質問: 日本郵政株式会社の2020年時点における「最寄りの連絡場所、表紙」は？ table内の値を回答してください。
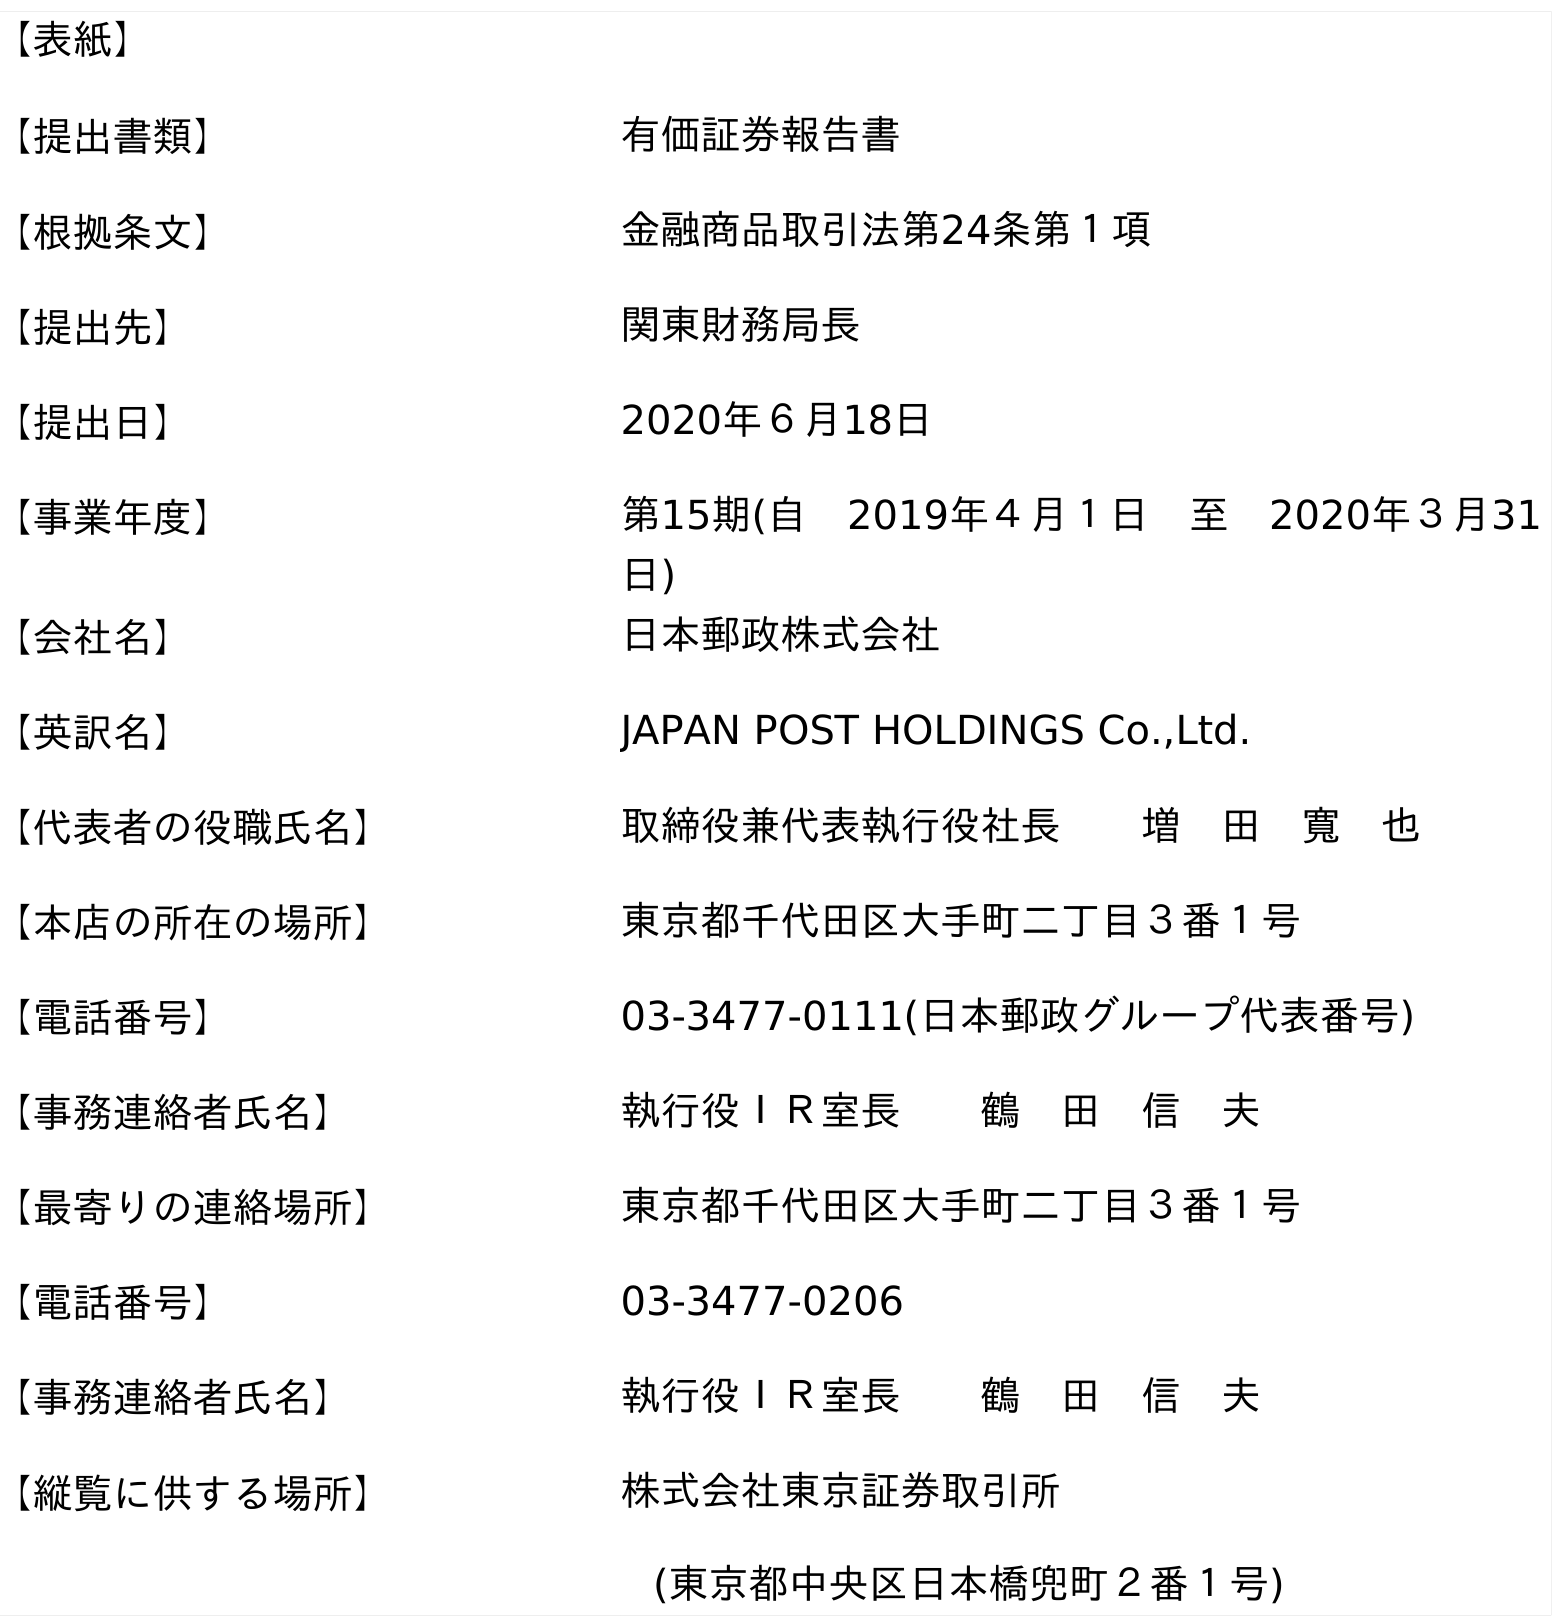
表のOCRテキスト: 【表紙】 【提出書類】 有価証券報告書 【根拠条文】 金融商品取引法第24条第１項 【提出先】 関東財務局長 【提出日】 2020年６月18日 【事業年度】 第15期(自 2019年４月１日 至 2020年３月31 日) 【会社名】 日本郵政株式会社 【英訳名】 JAPAN POST HOLDINGS Co.,Ltd. 【代表者の役職氏名】 取締役兼代表執行役社長  増 田 寬 也 【本店の所在の場所】 東京都千代田区大手町二丁目３番１号 【電話番号】 03-3477-0111(日本郵政グループ代表番号) 【事務連絡者氏名】 執行役ＩＲ室長  鶴 田 信 夫 【最寄りの連絡場所】 東京都千代田区大手町二丁目３番１号 【電話番号】 03-3477-0206 【事務連絡者氏名】 執行役ＩＲ室長  鶴 田 信 夫 【縦覧に供する場所】 株式会社東京証券取引所 (東京都中央区日本橋兜町２番１号)
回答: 東京都千代田区大手町二丁目３番１号